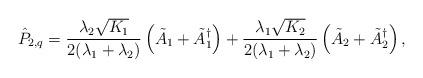
LaTeX: \begin{align*} \hat P_{2,q} = \frac{\lambda_2\sqrt{K_1}}{2(\lambda_1 +\lambda_2)}\left(\tilde A_1 + \tilde A_1^\dagger\right) + \frac{\lambda_1\sqrt{K_2}}{2(\lambda_1 +\lambda_2)}\left(\tilde A_2 + \tilde A_2^\dagger\right), \end{align*}